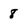
Character: 8